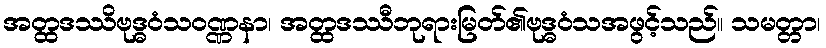
အတ္ထဒဿိဗုဒ္ဓဝံသဝဏ္ဏနာ၊ အတ္ထဒဿီဘုရားမြတ်၏ဗုဒ္ဓဝံသအဖွင့်သည်။ သမတ္တာ၊